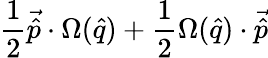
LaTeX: \frac{1}{2}\vec{\hat{p}}\cdot\Omega(\hat{q})+\frac{1}{2}\Omega(\hat{q})\cdot\vec{\hat{p}}